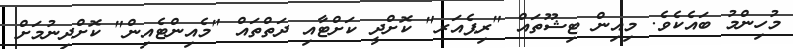
މުހިންމު ބައެކެވެ. މިއިން ޓިޝޫތައް "ރިޕެއަރ" ކޮށްދީ ކަށްޓާއި ދަތްތައް "މެއިންޓެއިން" ކޮށްދިނުމަށް